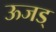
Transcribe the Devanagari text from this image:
ऊजड्